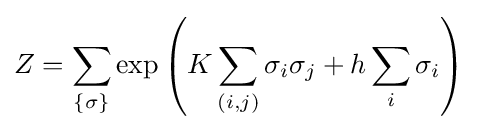
Z=\sum _{\{\sigma \}}\exp \left(K\sum _{(i,j)}\sigma _{i}\sigma _{j}+h\sum _{i}\sigma _{i}\right)